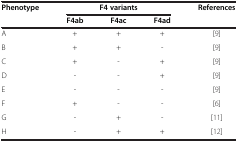
<table><thead><tr><td rowspan="2"><b>Phenotype</b></td><td colspan="3"><b>F4 variants</b></td><td rowspan="2"><b>References</b></td></tr><tr><td><b>F4ab</b></td><td><b>F4ac</b></td><td><b>F4ad</b></td></tr></thead><tbody><tr><td>A</td><td>+</td><td>+</td><td>+</td><td>[9]</td></tr><tr><td>B</td><td>+</td><td>+</td><td>-</td><td>[9]</td></tr><tr><td>C</td><td>+</td><td>-</td><td>+</td><td>[9]</td></tr><tr><td>D</td><td>-</td><td>-</td><td>+</td><td>[9]</td></tr><tr><td>E</td><td>-</td><td>-</td><td>-</td><td>[9]</td></tr><tr><td>F</td><td>+</td><td>-</td><td>-</td><td>[6]</td></tr><tr><td>G</td><td>-</td><td>+</td><td>-</td><td>[11]</td></tr><tr><td>H</td><td>-</td><td>+</td><td>+</td><td>[12]</td></tr></tbody></table>